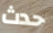
حدث